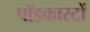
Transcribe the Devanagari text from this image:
पॉडकास्टों